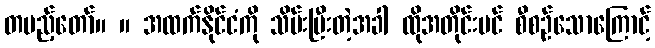
တပည့်တော်။ ။ အထက်နိုင်ငံကို သိမ်းပြီးတဲ့အခါ ထိုအတိုင်းပင် စီစဉ်သောကြောင့်